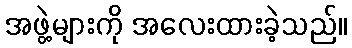
အဖွဲ့များကို အလေးထားခဲ့သည်။